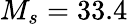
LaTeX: M_{s}=33.4